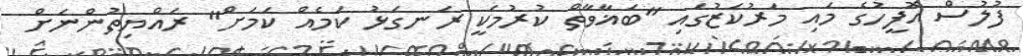
ފުލުސް އޮފީހުގެ މައި މަރުކަޒުގައި "ބަޣާވާތް ކުރުމަކީ ރަނގަޅު ކަމެއް ކަމަށް" ރައްޔިތުންނަށް